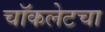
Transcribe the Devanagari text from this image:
चॉकलेटचा